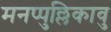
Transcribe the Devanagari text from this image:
मनप्पुल्लिकावु